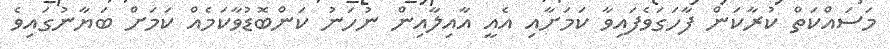
މަސައްކަތް ކުރާކަން ފާހަގަވެފައިވާ ކަމަށާއި އެއީ އާއިލާއިން ނުހަނު ކަންބޮޑުވާކަމެއް ކަމަށް ބަޔާނުގައިވެ